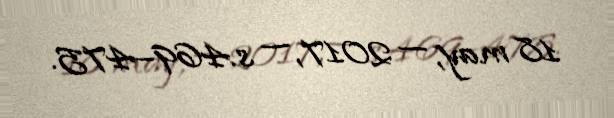
18 may, — 2017, — s.469–475.